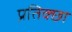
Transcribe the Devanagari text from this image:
प्रतिक्छा